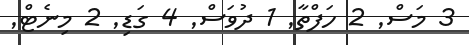
3 މަސް